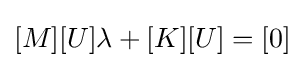
[M][U]\lambda +[K][U]=[0]